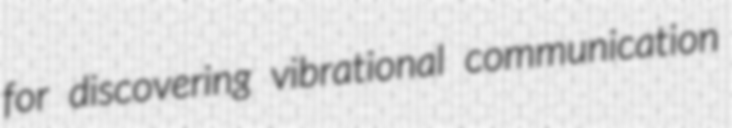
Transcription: for discovering vibrational communication